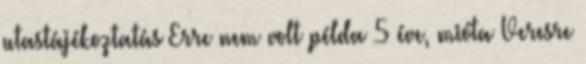
utastájékoztatás Erre nem volt példa 5 éve, mióta Veresre